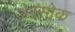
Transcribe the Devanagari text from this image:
अस्सोक